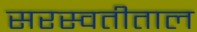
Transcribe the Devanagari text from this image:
सरस्वतीताल